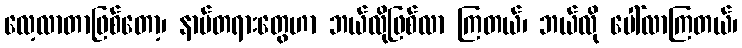
လေ့လာတာဖြစ်တော့၊ နာမ်တရားတွေဟာ ဘယ်လိုဖြစ်လာ ကြတယ်၊ ဘယ်လို ပေါ်လာကြတယ်၊